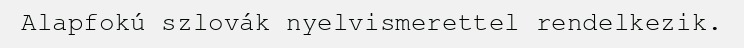
Alapfokú szlovák nyelvismerettel rendelkezik.